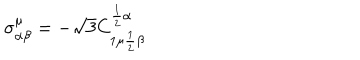
LaTeX: \sigma _ { \alpha \beta } ^ { \mu } = - \sqrt { 3 } C _ { 1 \mu { \frac { 1 } { 2 } } \beta } ^ { { \frac { 1 } { 2 } } \alpha }